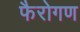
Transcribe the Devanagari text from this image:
फैरोगण